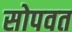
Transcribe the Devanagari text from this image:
सोपवत